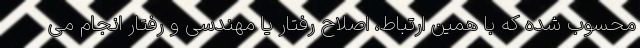
محسوب شده که با همین ارتباط، اصلاح رفتار یا مهندسی و رفتار انجام می